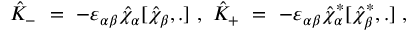
{ \hat { K } } _ { - } \ = \ - \varepsilon _ { \alpha \beta } { \hat { \chi } } _ { \alpha } [ { \hat { \chi } } _ { \beta } , . ] \ , \ { \hat { K } } _ { + } \ = \ - \varepsilon _ { \alpha \beta } { \hat { \chi } } _ { \alpha } ^ { * } [ { \hat { \chi } } _ { \beta } ^ { * } , . ] \ ,